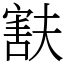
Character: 㝬